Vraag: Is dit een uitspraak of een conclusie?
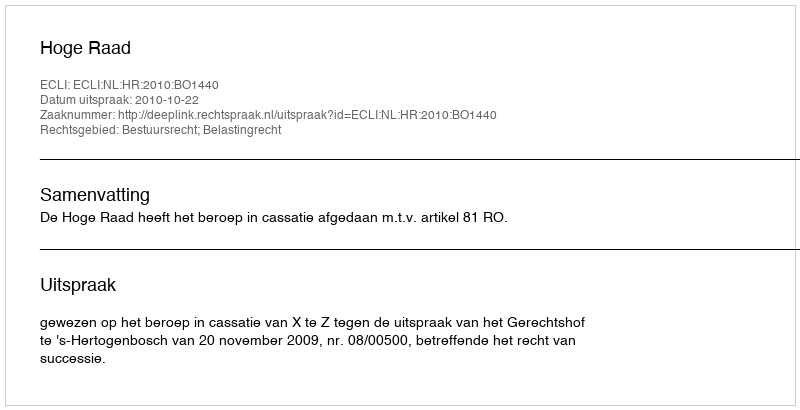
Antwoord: Uitspraak